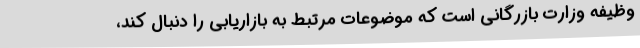
وظیفه وزارت بازرگانی است که موضوعات مرتبط به بازاریابی را دنبال کند،